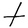
Character: t